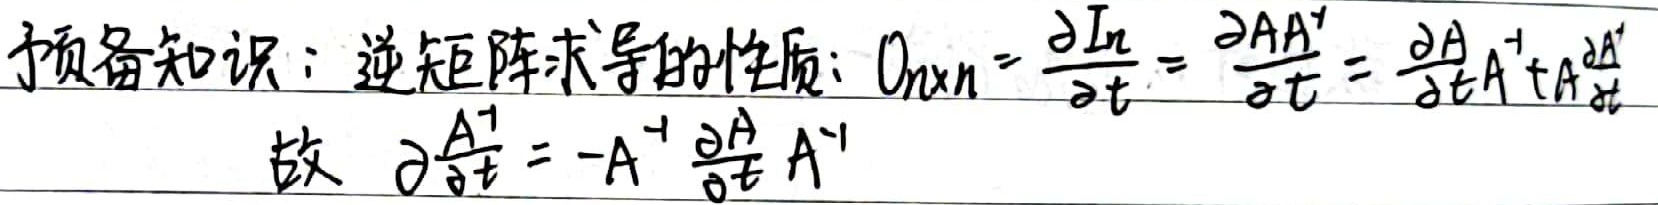
预备知识：逆矩阵求导的性质：
\[
O_{n\times n} = \frac{\partial I_n}{\partial t} = \frac{\partial AA^{-1}}{\partial t} = \frac{\partial A}{\partial t}A^{-1}+A\frac{\partial A^{-1}}{\partial t}
\]
故
\[
\frac{\partial A^{-1}}{\partial t} = -A^{-1}\frac{\partial A}{\partial t}A^{-1}
\]